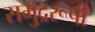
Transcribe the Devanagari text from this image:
समुद्ररूपी